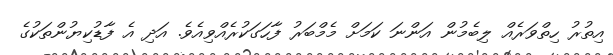
އިތުރު ހިތްވަރެއް ލިބެމުން އަންނަ ކަމަށް މެމްބަރު ފާހަގަކުރެއްވިއެވެ. އަދި އެ ފާޑުކިޔުންތަކުގެ